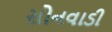
સોનવાડી